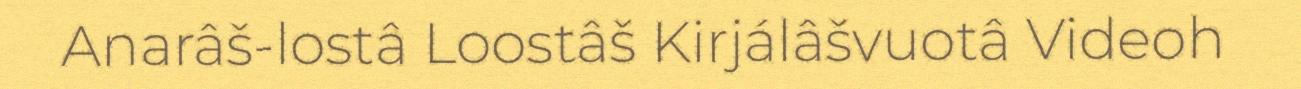
Anarâš-lostâ Loostâš Kirjálâšvuotâ Videoh